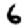
Digit: 6